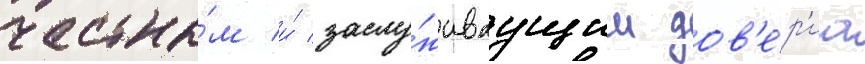
честны́м и́ заслу́живаущим дов'е́р'иа